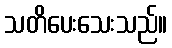
သတိပေးသေးသည်။